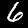
Digit: 6